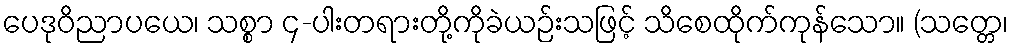
ပေဒုဝိညာပယေ၊ သစ္စာ ၄-ပါးတရားတို့ကိုခဲယဉ်းသဖြင့် သိစေထိုက်ကုန်သော။ (သတ္တေ၊